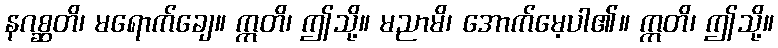
နဂစ္ဆတိ၊ မရောက်ချေ။ ဣတိ၊ ဤသို့။ မညာမိ၊ အောက်မေ့ပါ၏။ ဣတိ၊ ဤသို့။